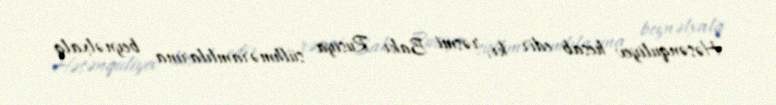
Həsənquliyev hesab edir ki, rəsmi Bakı Rusiya sülhməramlılarına beynəlxalq